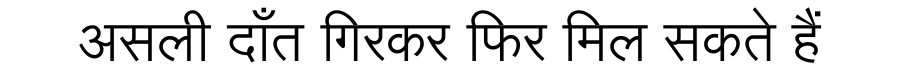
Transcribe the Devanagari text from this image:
असली दाँत गिरकर फिर मिल सकते हैं